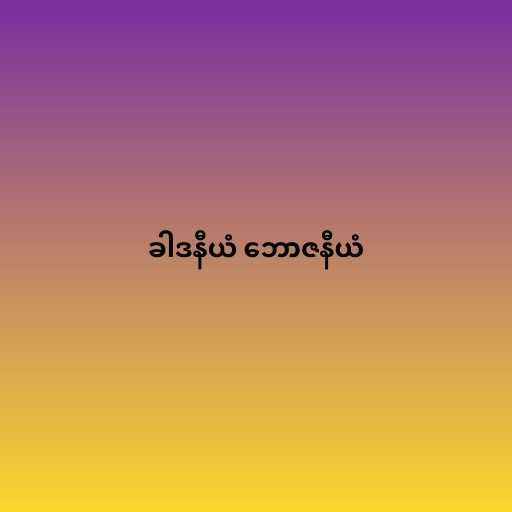
ခါဒနီယံ ဘောဇနီယံ